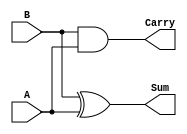
// *****************************************************************************
//                         Cadence C-to-Silicon Compiler
//          Version 14.20-s400  (32 bit), build 84938 Mon, 27 Jun 2016
// 
// File created on Tue Jun  6 02:14:01 2017
// 
// The code contained herein is generated for Cadences customer and third
// parties authorized by customer.  It may be used in accordance with a
// previously executed license agreement between Cadence and that customer.
// Absolutely no disassembling, decompiling, reverse-translations or
// reverse-engineering of the generated code is allowed.
// 
//*****************************************************************************
module HA_prc_half_adder(A, B, Sum, Carry);
  input A;
  input B;
  output reg Sum;
  output reg Carry;

  always @(*) begin : HA_prc_half_adder_combinational
      reg and_ln5_z;
      reg xor_ln4_z;

      and_ln5_z = B & A;
      xor_ln4_z = B ^ A;
      Carry = and_ln5_z;
      Sum = xor_ln4_z;
    end
endmodule